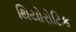
થિયોરોટિક